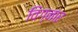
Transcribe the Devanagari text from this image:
विग्नार